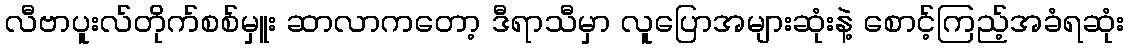
လီဗာပူးလ်တိုက်စစ်မှူး ဆာလာကတော့ ဒီရာသီမှာ လူပြောအများဆုံးနဲ့ စောင့်ကြည့်အခံရဆုံး